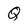
Character: Q